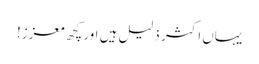
یہاں اکثر ذلیل ہیں اور کچھ معزز!